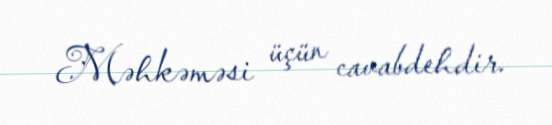
Məhkəməsi üçün cavabdehdir.